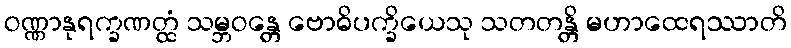
ဝဏ္ဏာနုရက္ခဏတ္ထံ သမ္ဘဝန္တေ ဗောဓိပက္ခိယေသု သတတန္တိ မဟာထေရဿာတိ